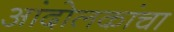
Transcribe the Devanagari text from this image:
आंदोलकांचा